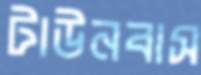
টাউনবাস